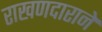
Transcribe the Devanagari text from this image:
राखणदाराने